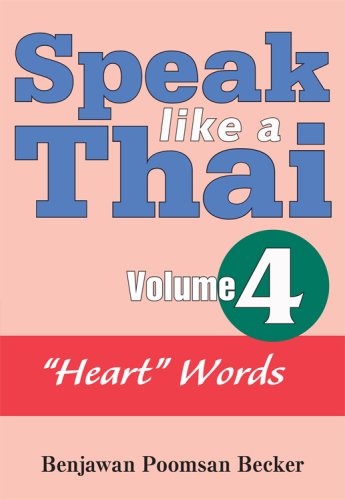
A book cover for Speak Like a Thai, Vol. 4: Heart Words; Benjawan Poomsan Becker; Travel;